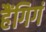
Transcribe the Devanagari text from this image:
हैंगिगं